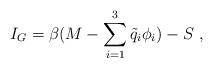
LaTeX: \begin{align*}I_G=\beta(M-\sum_{i=1}^3{\tilde q}_i\phi_i)-S \ ,\end{align*}